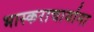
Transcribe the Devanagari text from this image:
भास्कराचार्याना